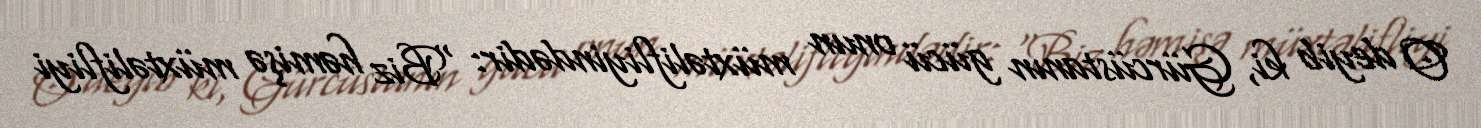
O deyib ki, Gürcüstanın gücü onun müxtəlifliyindədir: “Biz həmişə müxtəlifliyi